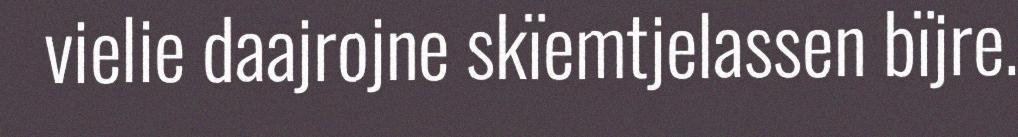
vielie daajrojne skïemtjelassen bïjre.